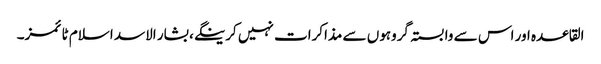
القاعدہ اور اس سے وابستہ گروہوں سے مذاکرات نہیں کرینگے، بشار الاسد اسلام ٹائمز۔